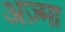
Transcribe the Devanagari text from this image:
अज़्मा